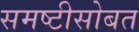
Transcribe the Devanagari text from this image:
समष्टीसोबत